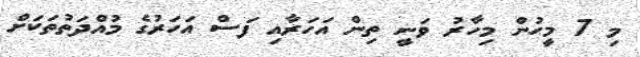
މި 7 މީހުން މިހާރު ވަނީ ތިން އަހަރާއި ފަސް އަހަރުގެ މުއްދަތުތަކަށް